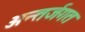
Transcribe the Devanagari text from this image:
अन्तर्जगत